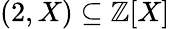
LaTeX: (2,X)\subseteq\mathbb{Z}[X]